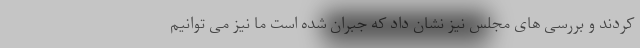
کردند و بررسی های مجلس نیز نشان داد که جبران شده است ما نیز می توانیم